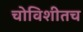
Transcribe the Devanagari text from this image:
चोविशीतच